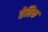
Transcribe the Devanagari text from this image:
तेहिक